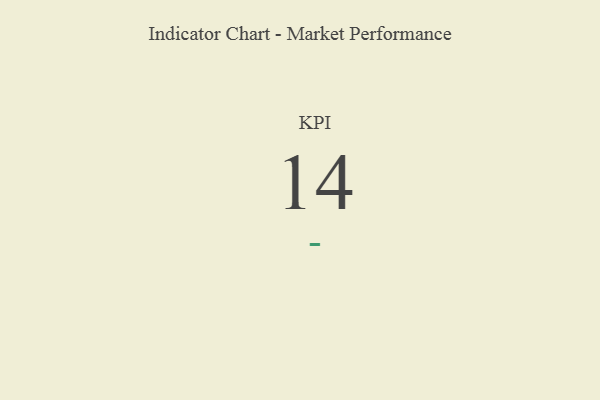
{"axis": {"x": "KPI", "y": "Value"}, "legend": [""], "data": [{"x": "KPI", "y": 14, "type": ""}]}